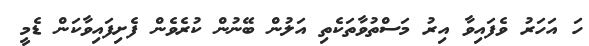
ހަ އަހަރު ވެފައިވާ އިރު މަސްތުވާތަކެތި އަލުން ބޭނުން ކުރެވެން ފެށިފައިވާކަން ޑެމީ